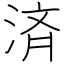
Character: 済